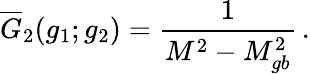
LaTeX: \overline{{G}}_{2}(g_{1};g_{2})={\frac{1}{M^{2}-M_{gb}^{2}}}\, .